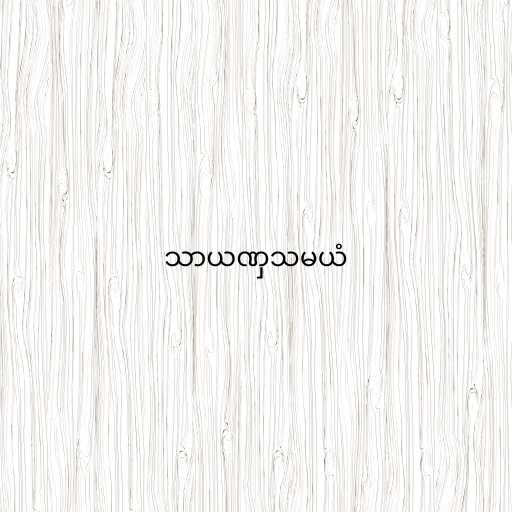
သာယဏှသမယံ